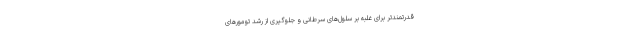
قدرتمندتر برای غلبه بر سلول‌های سرطانی و جلوگیری از رشد تومورهای